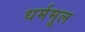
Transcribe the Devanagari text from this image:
धर्ममूल